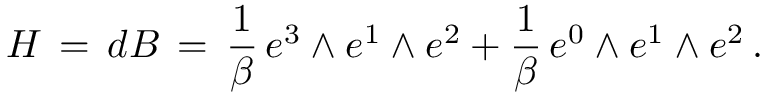
H \, = \, d B \, = \, \frac { 1 } { \beta } \, e ^ { 3 } \wedge e ^ { 1 } \wedge e ^ { 2 } + \frac { 1 } { \beta } \, e ^ { 0 } \wedge e ^ { 1 } \wedge e ^ { 2 } \, .